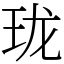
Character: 珑